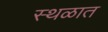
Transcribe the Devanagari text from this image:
स्थळात